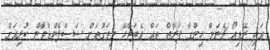
އަދި ރޭޑިއޯ ޗެނަލް ހިންގާ ފަރާތް ތައް އެބަޖެހޭ މިވަގުތަށް ސަސްޕެންޑްވާން ކުރިއަށް